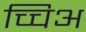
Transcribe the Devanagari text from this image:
च्चिअ